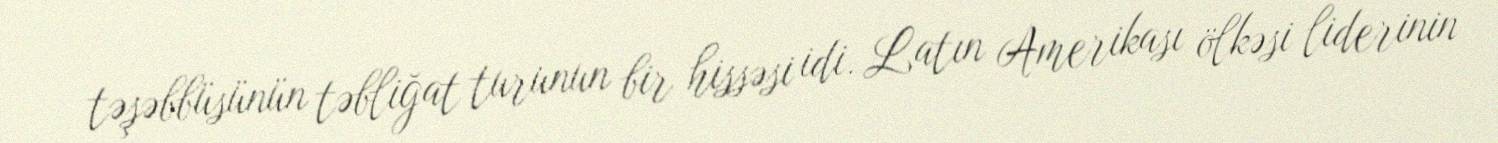
təşəbbüsünün təbliğat turunun bir hissəsi idi. Latın Amerikası ölkəsi liderinin